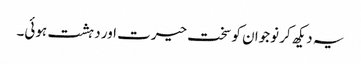
یہ دیکھ کر نوجوان کو سخت حیرت اور دہشت ہوئی۔